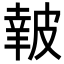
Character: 𥀀